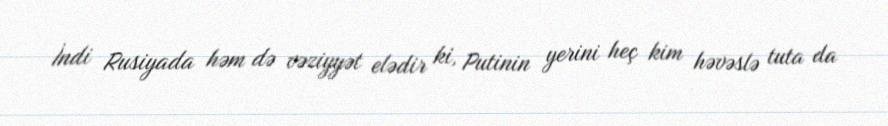
İndi Rusiyada həm də vəziyyət elədir ki, Putinin yerini heç kim həvəslə tuta da